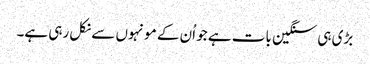
بڑی ہی سنگین بات ہے جو اُن کے مونہوں سے نکل رہی ہے۔